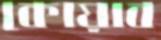
কোয়াব